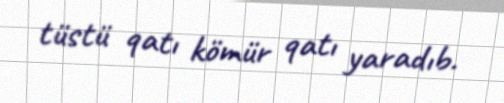
tüstü qatı kömür qatı yaradıb.